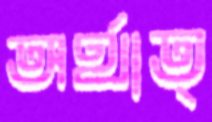
অর্থাত্